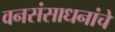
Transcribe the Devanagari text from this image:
वनसंसाधनांचे